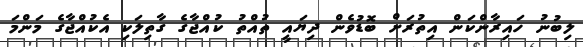
ލިބުނު ހައިރާންކަން އިތުރަށް ބޮޑުވެން ދިޔައީ ތުއްތު ކުއްޖާގެ ގާތިލަކި އެކުއްޖާގެ މަންމަ